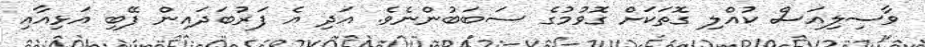
ވާސިލިއަސް ކުއްލި ގޮތަކަށް ގޮވުމުގެ ސަބަބުންނެވެ. އަދި އެ ފަރުބަދައިން ފޭބި އަޅިއާއި